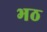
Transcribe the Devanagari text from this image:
भठ